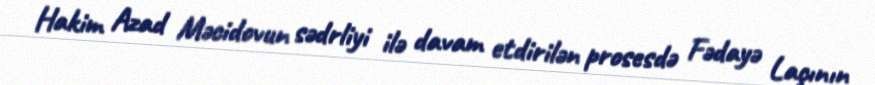
Hakim Azad Məcidovun sədrliyi ilə davam etdirilən prosesdə Fədayə Laçının